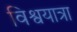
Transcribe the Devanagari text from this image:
विश्वयात्रा